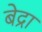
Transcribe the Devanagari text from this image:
बेद्रा